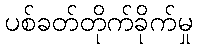
ပစ်ခတ်တိုက်ခိုက်မှု